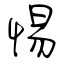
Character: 惕